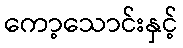
ကော့သောင်းနှင့်